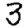
Digit: 3